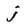
Character: j